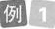
例1